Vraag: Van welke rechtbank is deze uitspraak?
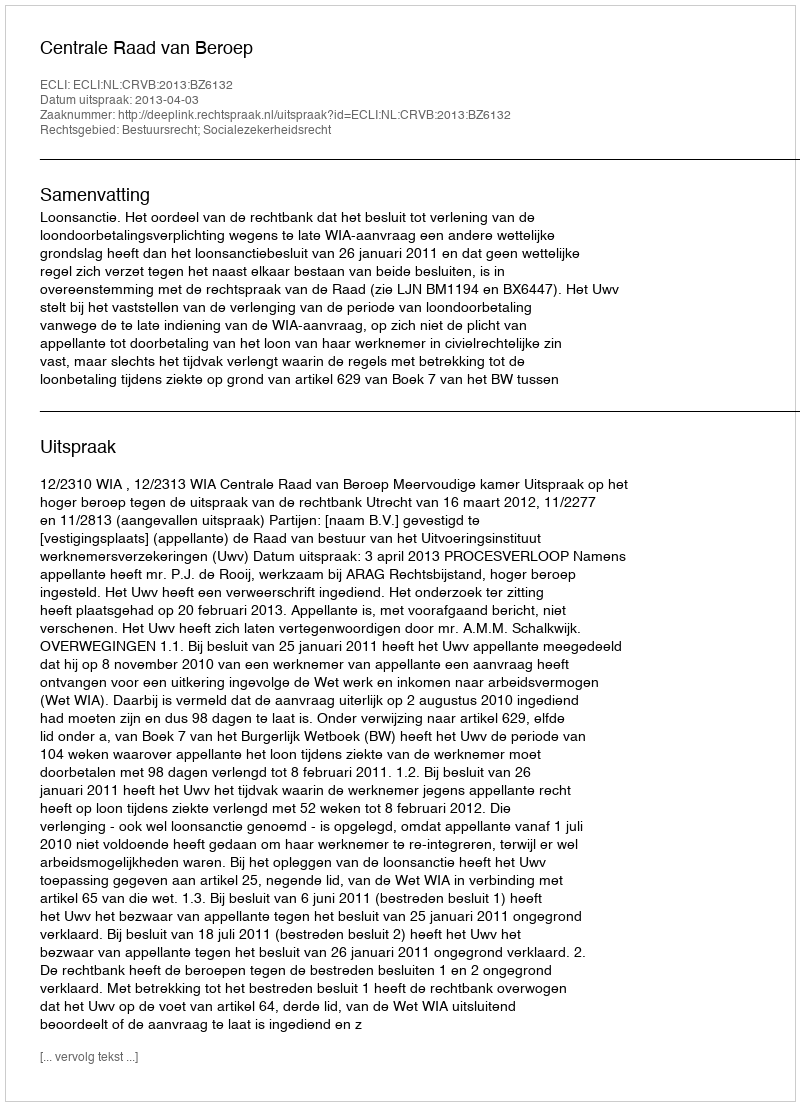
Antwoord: Centrale Raad van Beroep